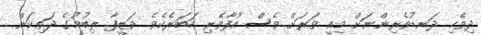
ދިވެހި ދަނޑުވެރިންނަށް މިއީ ވަރަށް ވެސް އުފާވެރި ހަބަރެކެވެ. ވަޒީފާ ލިބުމުގެ ދަތިކަން